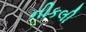
નીકલી